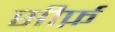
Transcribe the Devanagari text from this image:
सीर्फ़